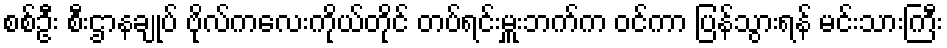
စစ်ဦး စီးဌာနချုပ် ဗိုလ်ကလေးကိုယ်တိုင် တပ်ရင်းမှူးဘက်က ဝင်ကာ ပြန်သွားရန် မင်းသားကြီး